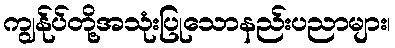
ကျွန်ုပ်တို့အသုံးပြုသောနည်းပညာများ၊